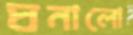
ঘনালো